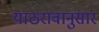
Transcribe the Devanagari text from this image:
याठरावानुसार